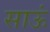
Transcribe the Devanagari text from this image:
साऊं